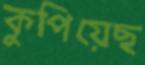
কুপিয়েছ